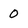
Character: 0